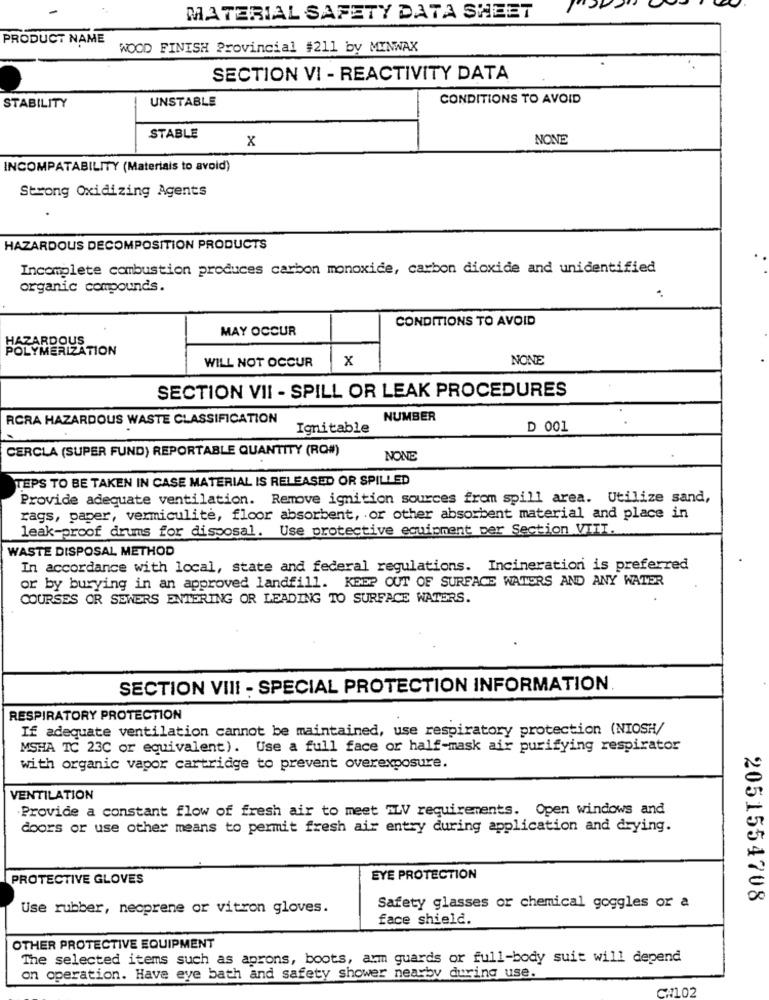
MATERIAL SAFETY DATA SHEET
PRODUCT NAME
WOOD FINISH Provincial #211 by MINWAX
SECTION VI - REACTIVITY DATA
UNSTABLE
CONDITIONS TO AVOID
STABILITY
STABLE
x
NONE
INCOMPATABILITY (Materiais to avoid)
Strong Oxidizing Agents
HAZARDOUS DECOMPOSITION PRODUCTS
Incomplete combustion produces carbon monoxide, carbon dioxide and unidentified
organic compounds.
CONDITIONS TO AVOID
MAY OCCUR
HAZARDOUS
POLYMERIZATION
WILL NOT OCCUR
x
NONE
SECTION VII - SPILL OR LEAK PROCEDURES
RCRA HAZARDOUS WASTE CLASSIFICATION
NUMBER
Ignitable
D 001
CERCLA (SUPER FUND) REPORTABLE QUANTITY (RO#)
NONE
TEPS TO BE TAKEN IN CASE MATERIAL IS RELEASED OR SPILLED
Provide adequate ventilation. Remove ignition sources from spill area. Utilize sand,
rags, paper, vermiculite, floor absorbent, or other absorbent material and place in
leak-proof drums for disposal. Use protective equipment per Section VIII.
WASTE DISPOSAL METHOD
In accordance with local, state and federal regulations. Incineration is preferred
or by burying in an approved landfill. KEEP OUT OF SURFACE WATERS AND ANY WATER
COURSES OR SEWERS ENTERING OR LEADING TO SURFACE WATERS.
SECTION VIII - SPECIAL PROTECTION INFORMATION
RESPIRATORY PROTECTION
If adequate ventilation cannot be maintained, use respiratory protection (NIOSH/
MSHA TC 23C or equivalent). Use a full face or half-mask air purifying respirator
with organic vapor cartridge to prevent overexposure.
VENTILATION
Provide a constant flow of fresh air to meet "LV requirements. Open windows and
doors or use other means to permit fresh air entry during application and drying.
PROTECTIVE GLOVES
EYE PROTECTION
2051554708
Use rubber, neoprene or vitron gloves.
Safety glasses or chemical goggles or a
face shield.
OTHER PROTECTIVE EQUIPMENT
The selected items such as aprons, boots, arm guards or full-body suit will depend
on operation. Have eye bath and safety shower nearby during use.
C#102